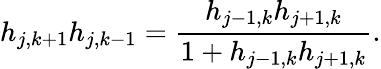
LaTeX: h_{j,k+1}h_{j,k-1}=\frac{h_{j-1,k}h_{j+1,k}}{1+h_{j-1,k}h_{j+1,k}}.